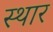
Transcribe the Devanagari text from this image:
स्थार